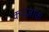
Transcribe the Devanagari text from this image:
कज़्ज़ाक